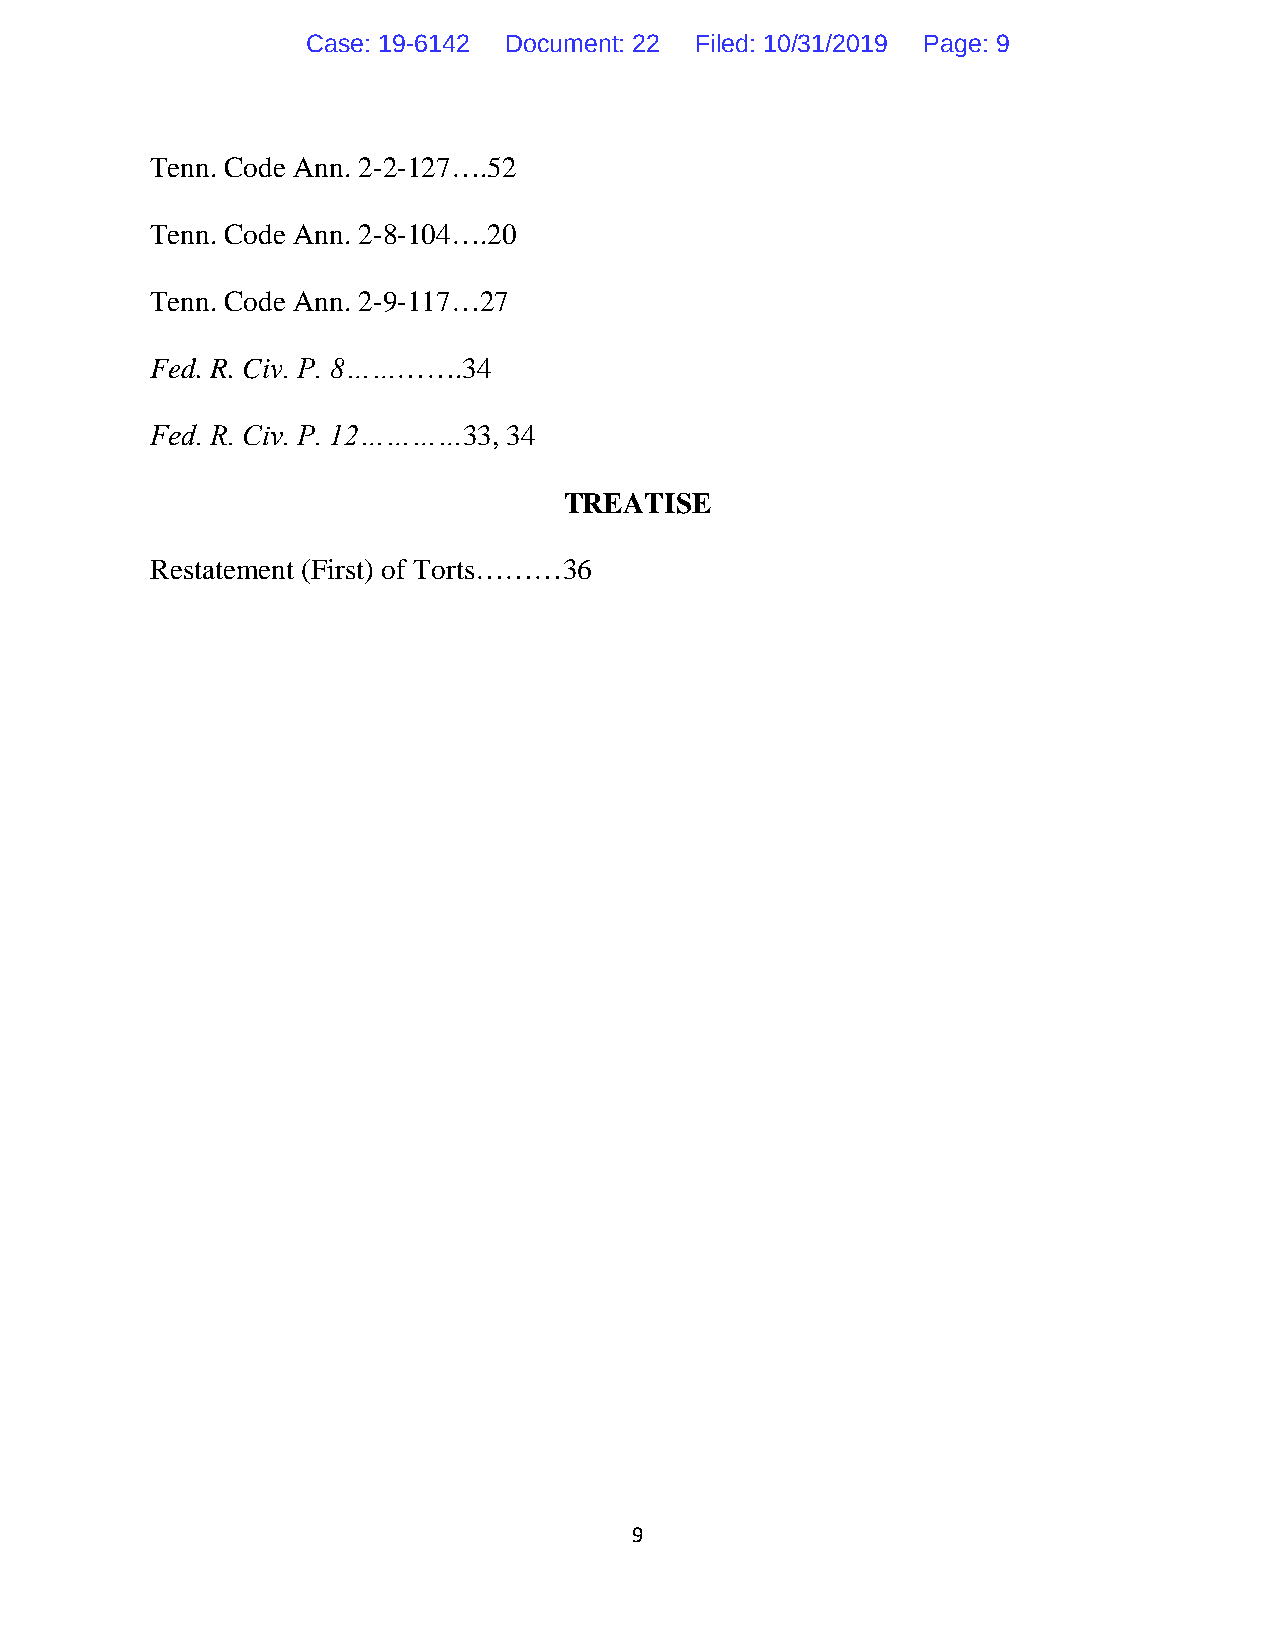
Case: 19-6142 Document: 22 Filed: 10/31/2019 Page: 9
 Tenn. Code Ann. 2-2-127….52
 Tenn. Code Ann. 2-8-104….20
 Tenn. Code Ann. 2-9-117…27
 Fed. R. Civ. P. 8………….34
 Fed. R. Civ. P. 12…………33, 34
 TREATISE
 Restatement (First) of Torts………36
 9